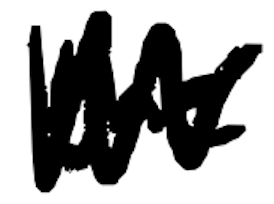
Text: the
Cross-out: zig-zag
Writing tool: digital_black